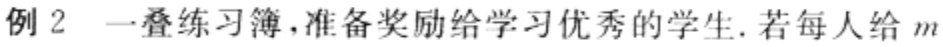
例 2 一叠练习簿，准备奖励给学习优秀的学生. 若每人给 \(m\)